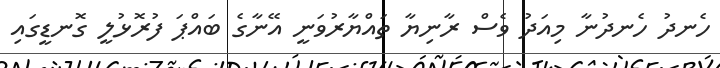
ހެނދު ހެނދުނާ މިއަދު ވެސް ރާނިޔާ ތައްޔާރުވަނީ އޭނާގެ ބައްޕަ ފުރޮޅުލީ ގޮނޑީގައި